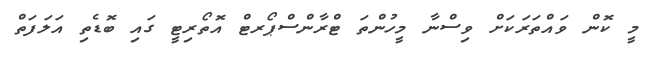
މީ ކޮން ވައްތަރަކަށް ވިސްނާ މީހުންތަ ޓްރާންސްޕޯރޓް އޮތޯރިޓީ ގައި ބޮޑެތި އަލަފަތް